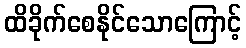
ထိခိုက်စေနိုင်သောကြောင့်